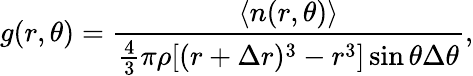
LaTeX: g(r,\theta)=\frac{\langle n(r,\theta)\rangle}{\frac{4}{3}\pi\rho[(r+\Delta r)^{3}-r^{3}]\sin\theta\Delta\theta},